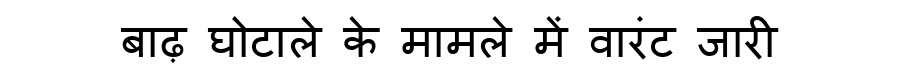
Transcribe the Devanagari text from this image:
बाढ़ घोटाले के मामले में वारंट जारी